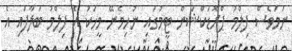
ނަމަވެސް ފިލްމު ޕްރޮޑަކްޝަން ޓީމުގައި ނުހިމެނޭ މީހަކު އެ ފިލްމު ބަލާފައި އެ